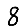
Digit: 8